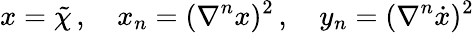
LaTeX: x=\tilde{\chi}\, ,\quad x_{n}=(\nabla^{n}x)^{2}\, ,\quad y_{n}=(\nabla^{n}\dot{x})^{2}